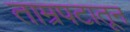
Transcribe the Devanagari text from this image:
ताम्रपटातून